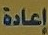
إعادة